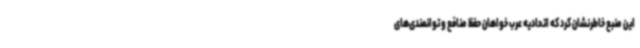
این منبع خاطرنشان کرد که اتحادیه عرب خواهان حفظ منافع و توانمندی‌های